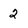
Character: 2